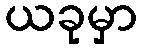
ယခုမှာ